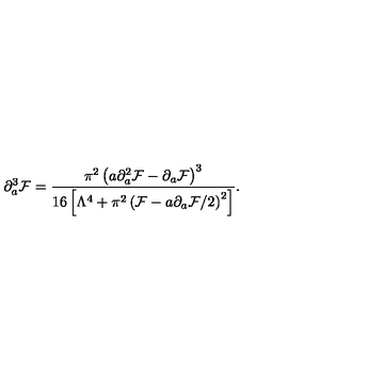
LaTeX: \partial _ { a } ^ { 3 } { \cal F } = { \frac { \pi ^ { 2 } \left( a \partial _ { a } ^ { 2 } { \cal F } - \partial _ { a } { \cal F } \right) ^ { 3 } } { 1 6 \left[ { \Lambda ^ { 4 } } + \pi ^ { 2 } \left( { \cal F } - { a } \partial _ { a } { \cal F } / 2 \right) ^ { 2 } \right] } } .